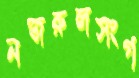
নজরুলসংগ